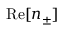
\mathrm { R e } [ n _ { \pm } ]